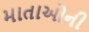
માતાઓની